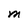
Character: M